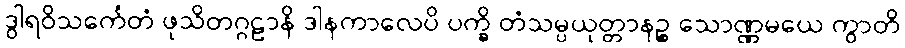
ဒွါရဝိသင်္ကေတံ ဖုသိတဂ္ဂဠာနိ ဒါနကာလေပိ ပက္ခိ တံသမ္ပယုတ္တာနဉ္စ သောဏ္ဏမယေ ကွာတိ